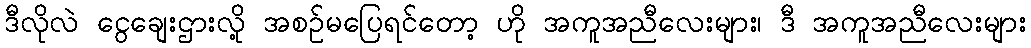
ဒီလိုလဲ ငွေချေးဌားလို့ အစဥ်မပြေရင်တော့ ဟို အကူအညီလေးများ၊ ဒီ အကူအညီလေးများ